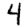
Digit: 4